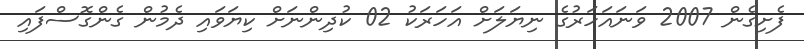
ފެށިގެން 2007 ވަނައަހަރުގެ ނިޔަލަށް އަހަރަކު 02 ކުދިންނަށް ކިޔަވައި ދެމުން ގެންގޮސްފައި